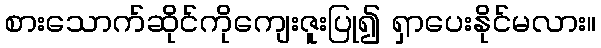
စားသောက်ဆိုင်ကိုကျေးဇူးပြု၍ ရှာပေးနိုင်မလား။